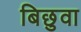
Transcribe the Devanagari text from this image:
बिछुवा